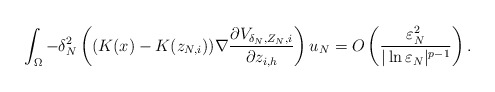
\begin{align*}\int_{\Omega}-\delta_N^2\left( (K(x)-K(z_{N,i}))\nabla \frac{\partial V_{\delta_N, Z_N,i}}{\partial z_{i,h}}\right) u_N=O\left( \frac{\varepsilon_N^2}{|\ln\varepsilon_N|^{p-1}}\right).\end{align*}